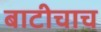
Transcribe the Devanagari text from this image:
बाटीचाच